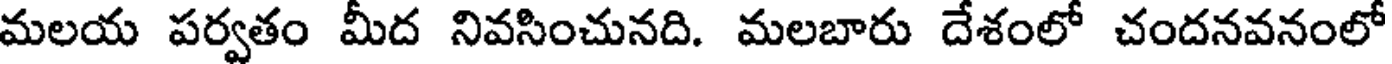
మలయ పర్వతం మీద నివసించునది. మలబారు దేశంలో చందనవనంలో